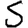
Digit: 5